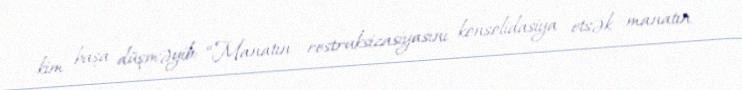
kim başa düşməyib: “Manatın restruksizasiyasını konsolidasiya etsək manatın